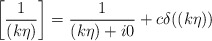
\begin{align*}\left[\frac{1}{(k\eta)}\right]=\frac{1}{(k\eta)+i0}+c\delta((k\eta)) \end{align*}